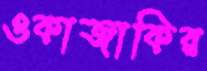
ওকাজাকির